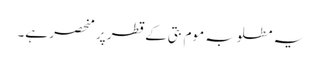
یہ مطلوبہ موم بتی کے قطر پر منحصر ہے۔